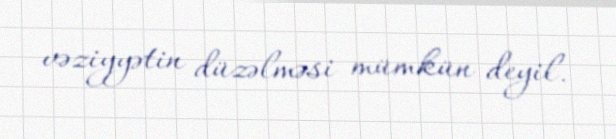
vəziyyətin düzəlməsi mümkün deyil.